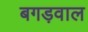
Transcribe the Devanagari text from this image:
बगड़वाल